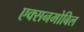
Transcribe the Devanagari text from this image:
एक्सनमोबिल